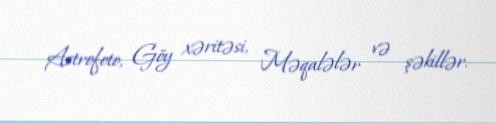
Astrofoto, Göy xəritəsi, Məqalələr və şəkillər.